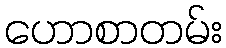
ဟောစာတမ်း